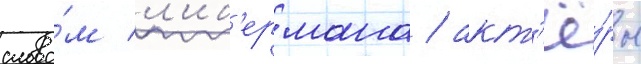
слова́м л'иб'ермана / акт'ё́ры